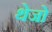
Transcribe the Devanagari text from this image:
थेजो